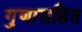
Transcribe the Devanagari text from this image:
गुणासहित